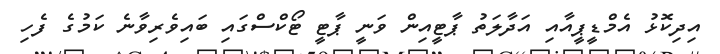
އިދިކޮޅު އެމްޑީޕީއާއި އަދާލަތު ޕާޓީއިން ވަނީ ޕާޓީ ޓޯކްސްގައި ބައިވެރިވާނެ ކަމުގެ ފެހި